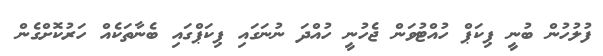
ފުލުހުން ބުނީ ޕިކަޕް ހުއްޓުވަން ޖެހުނީ ހުއްދަ ނުނަގައި ޕިކަޕްގައި ބެނާތަކެއް ހަރުކޮށްގެން